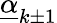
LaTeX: \underline{{\alpha}}_{k\pm 1}